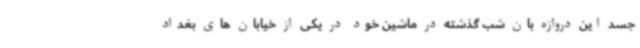
جسد این دروازه بان شب گذشته در ماشین خود در یکی از خیابان های بغداد